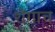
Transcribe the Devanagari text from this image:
शेंगाच